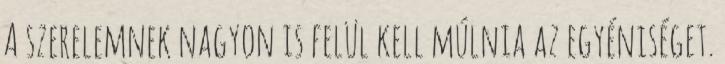
A szerelemnek nagyon is felül kell múlnia az egyéniséget.